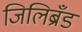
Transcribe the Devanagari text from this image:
जिलिब्रँड